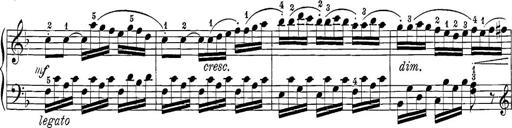
Title: 12 Sonatine per Pianoforte
Composer: Friedrich Kuhlau